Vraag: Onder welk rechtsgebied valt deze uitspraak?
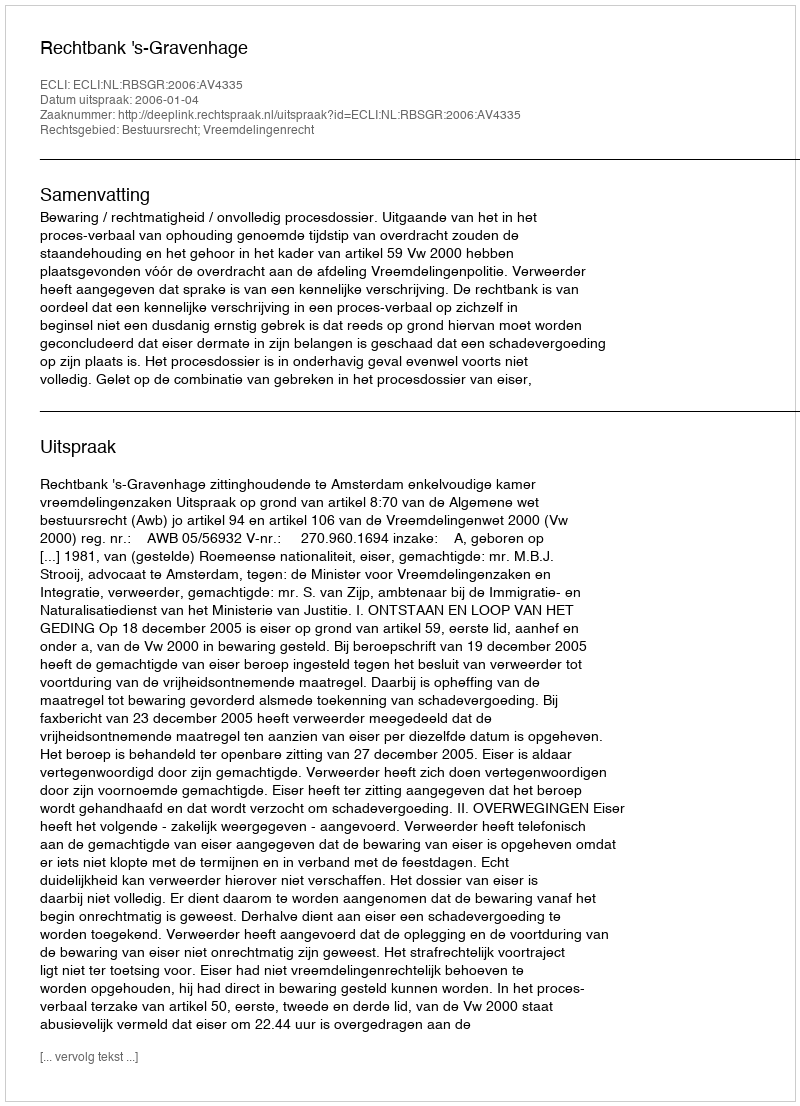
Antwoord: Bestuursrecht; Vreemdelingenrecht